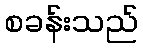
စခန်းသည်